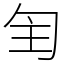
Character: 𠣕